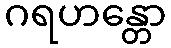
ဂရဟန္တော